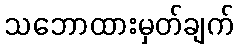
သဘောထားမှတ်ချက်